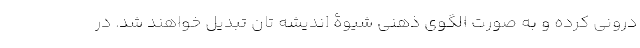
درونی کرده و به صورت الگوی ذهنی شیوۀ اندیشه تان تبدیل خواهند شد. در